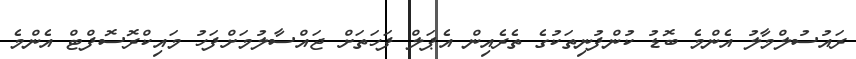
ރައުސުލްމާލު އެންމެ ބޮޑު ކުންފުނިތަކުގެ ތެރެއިން އެޕަލް ފަހަތަށް ޖައްސާލުމަށްފަހު މައިކްރޮސޮފްޓް އެންމެ